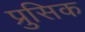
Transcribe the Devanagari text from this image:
प्रुसिक